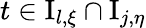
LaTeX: t\in\mathrm{I}_{l,\xi}\cap\mathrm{I}_{j,\eta}